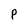
Character: P